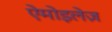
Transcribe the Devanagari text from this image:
ऐमोइलेज़